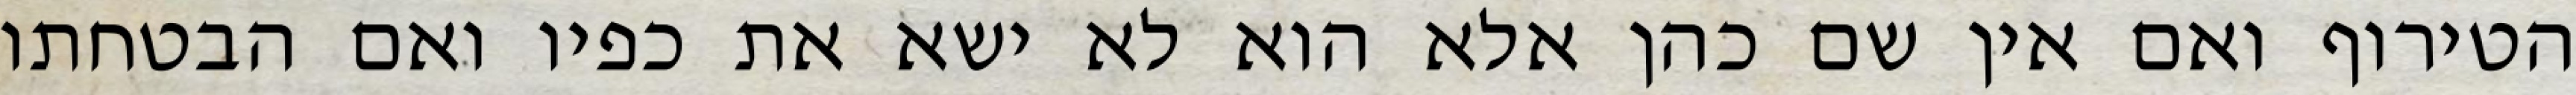
הטירוף ואם אין שם כהן אלא הוא לא ישא את כפיו ואם הבטחתו